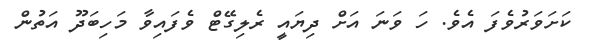
ކަށަވަރުވެފަ އެވެ. ހަ ވަނަ އަށް ދިޔައީ ރެލިގޭޓް ވެފައިވާ މަހިބަދޫ އަތުން